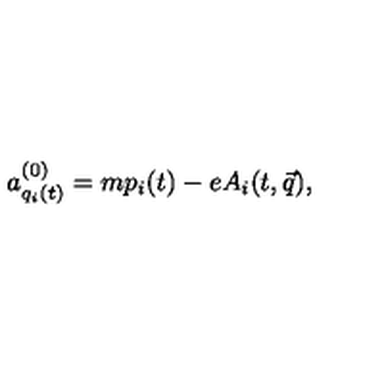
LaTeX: a _ { q _ { i } ( t ) } ^ { ( 0 ) } = m p _ { i } ( t ) - e A _ { i } ( t , \vec { q } ) ,